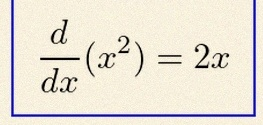
\frac{d}{dx}(x^2)=2x